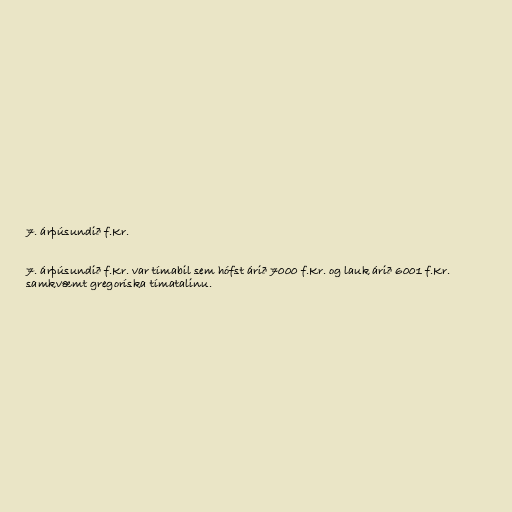
7. árþúsundið f.Kr.

7. árþúsundið f.Kr. var tímabil sem hófst árið 7000 f.Kr. og lauk árið 6001 f.Kr.
samkvæmt gregoríska tímatalinu.